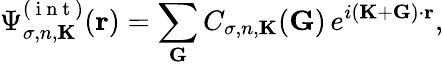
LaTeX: \Psi_{\sigma,n,\mathbf{K}}^{(\mathrm{~i~n~t~})}(\mathbf{r})=\sum_{\mathbf{G}}C_{\sigma,n,\mathbf{K}}(\mathbf{G})\, e^{i(\mathbf{K}+\mathbf{G})\cdot\mathbf{r}},